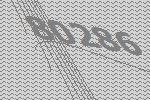
80286